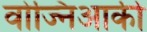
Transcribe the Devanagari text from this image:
वोज्निआकी